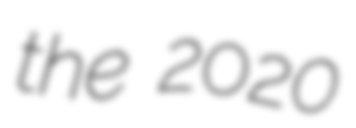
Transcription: the 2020